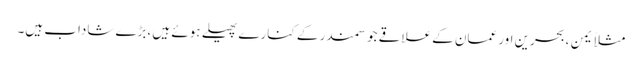
مثلاً یمن ،بحرین اور عمان کے علاقے جو سمندر کے کنارے پھیلے ہوئے ہیں ،بڑے شاداب ہیں۔